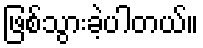
ဖြစ်သွားခဲ့ပါတယ်။